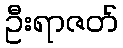
ဦးရာဇတ်